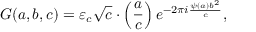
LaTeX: G ( a , b , c ) = \varepsilon _ { c } { \sqrt { c } } \cdot \left( { \frac { a } { c } } \right) e ^ { - 2 \pi i { \frac { \psi ( a ) b ^ { 2 } } { c } } } ,